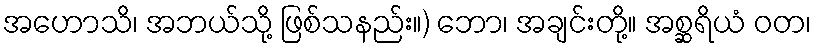
အဟောသိ၊ အဘယ်သို့ ဖြစ်သနည်း။) ဘော၊ အချင်းတို့။ အစ္ဆရိယံ ဝတ၊